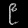
Digit: ၉